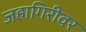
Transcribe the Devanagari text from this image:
जहागिरीवर